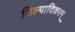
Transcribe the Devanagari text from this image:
शिल्पादिकरम्